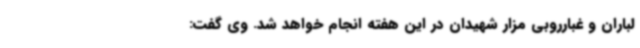
لباران و غبارروبی مزار شهیدان در این هفته انجام خواهد شد. وی گفت: